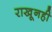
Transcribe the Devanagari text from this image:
राखूनही